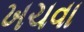
ખચવા